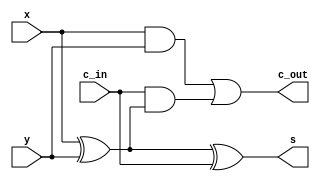
module sumador_completo_1_bit (
    input wire x,
    input wire y,
    input wire c_in,
    output wire s,
    output wire c_out
);

wire xor_xy;

assign xor_xy = x ^ y;
assign s = xor_xy ^ c_in;
assign c_out = (x & y) | (c_in & xor_xy);
    
endmodule